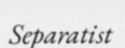
Separatist